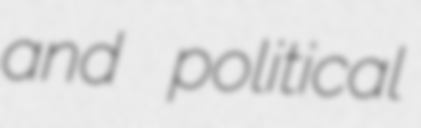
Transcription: and political